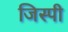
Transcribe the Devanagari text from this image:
जिस्पी